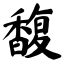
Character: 馥